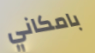
بامكاني